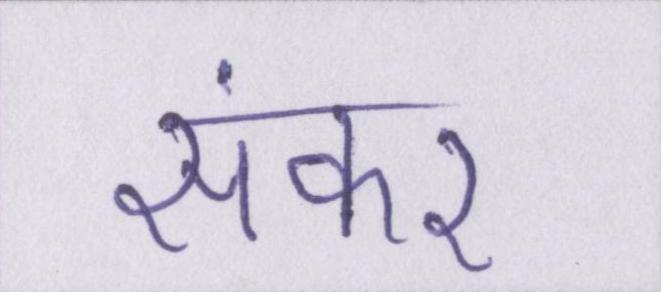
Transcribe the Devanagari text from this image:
संकर